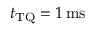
t _ { \mathrm { T Q } } = 1 \ensuremath { \, \mathrm { m s } }